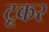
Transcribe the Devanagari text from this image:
टूकर